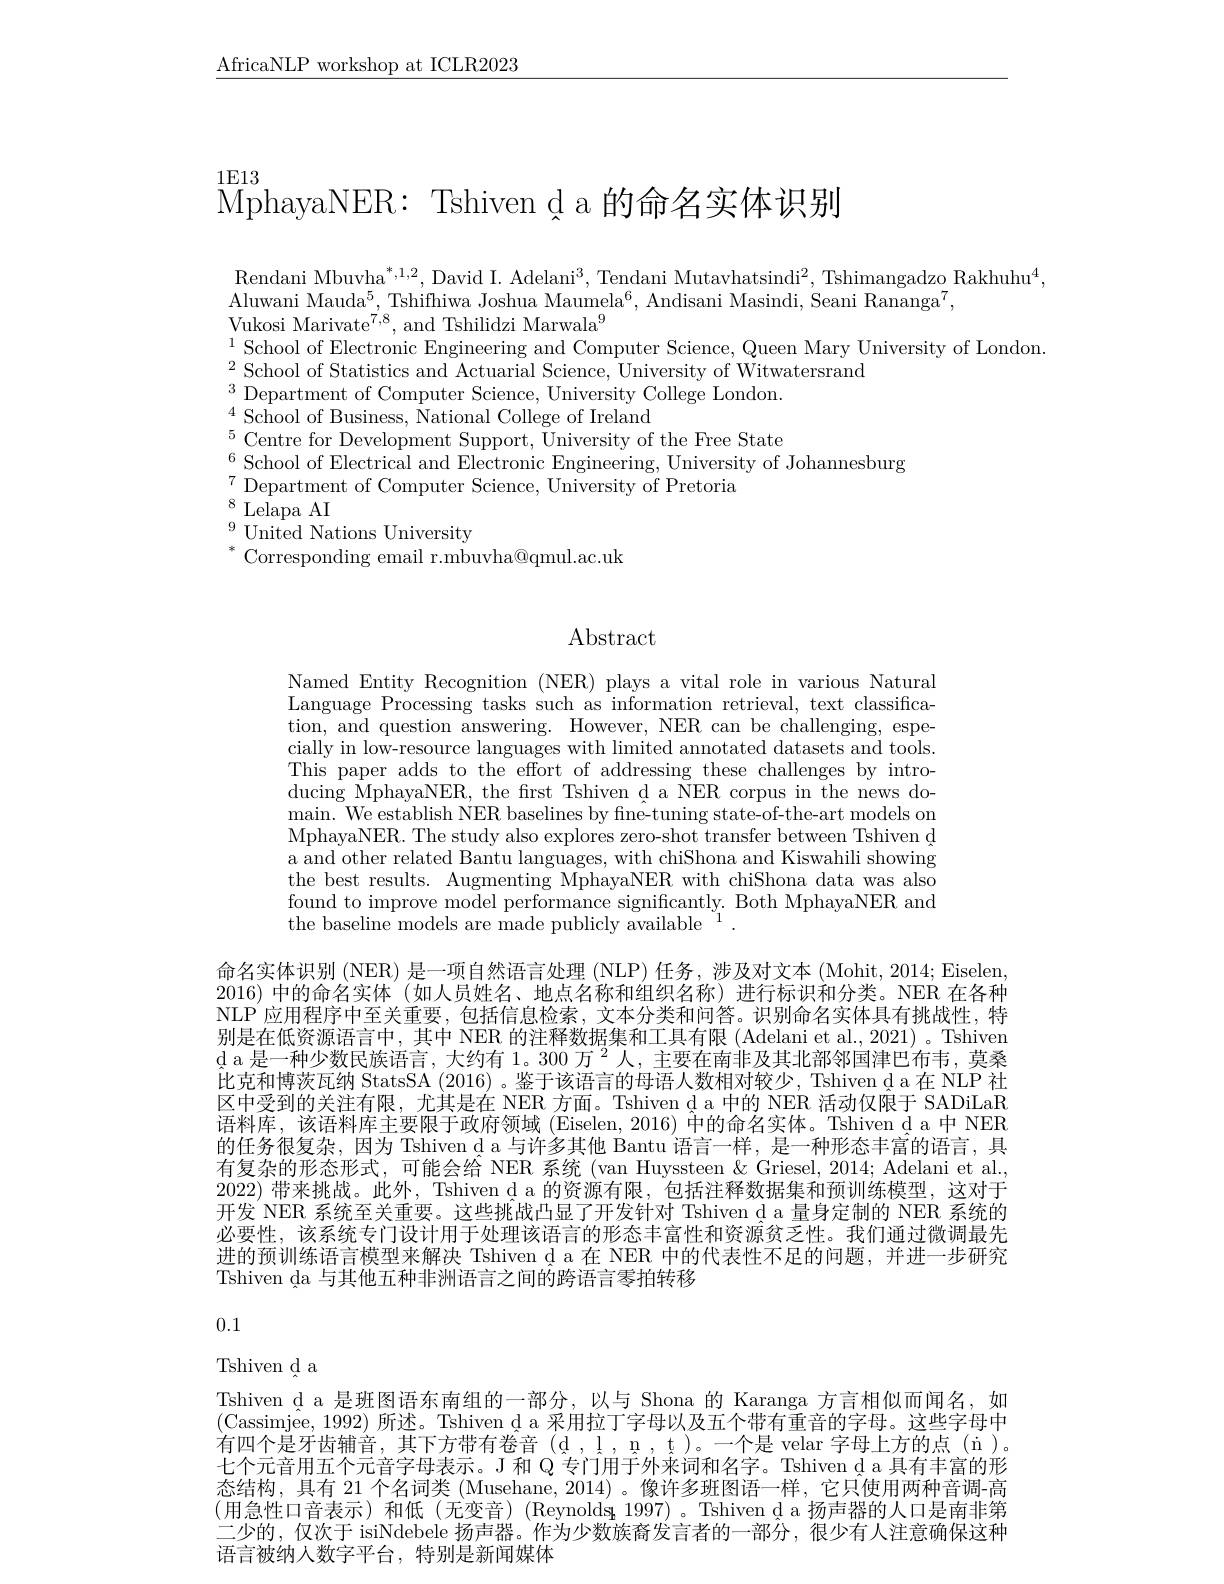
$\underline{\mathrm{AfricaNLP~workshop~at~ICLR2023}}$

1E13
MphayaNER: Tshiven d a 的命名实体识别

Rendani Mbuvha$^*,1,2$, David I. Adelani$^3$, Tendani Mutavhatsindi$^2$, Tshimangadzo Rakhuhu$^4$,
Aluwani Mauda$^5$,Tshifhiwa Joshua Maumela$^6$, Andisani Masindi, Seani Rananga$^7$,
Vukosi Marivate$^7,8$, and Tshilidzi Marwala$^9$
$^{1}$School of Electronic Engineering and Computer Science, Queen Mary University of London.
$^{2}$ School of Statistics and Actuarial Science, University of Witwatersrand
$^{3}$Department of Computer Science, University College London.
$^{4}$School of Business, $\overset{\mathrm{~}}{\operatorname*{\operatorname*{\text{National College of Ireland}}}}$
$^{5}$Centre for Development Support, University of the Free State
$^{6}$School of Electrical and Electronic Engineering, University of Johannesburg
$^{7}$Department of Computer Science, University of Pretoria

$^*$Corresponding email r.mbuvha@qmul.ac.uk

$\operatorname{Abstract}$

Named Entity Recognition (NER) plays a vital role in various Natural Language Processing tasks such as information retrieval, text classification, and question answering. However, NER can be challenging, especially in low-resource languages with limited annotated datasets and tools. This paper adds to the effort of addressing these challenges by introducing MphayaNER, the frst Tshiven d a NER corpus in the news domain. We establish NER baselines by fine-tuning state-of-the-art models on MphayaNER. The study also explores zero-shot transfer between Tshiven d a and other related Bantu languages, with chiShona and Kiswahili showing the best results. Augmenting MphayaNER with chiShona data was also found to improve model performance significantly. Both MphayaNER and the baseline models are made publicly available $^{-1}$

命名实体识别 (NER) 是一项自然语言处理 (NLP) 任务，涉及对文本 (Mohit, 2014; Eiselen 2016)中的命名实体 (如人员姓名、地点名称和组织名称)进行标识和分类。NER 在各种NLP 应用程序中至关重要，包括信息检索，文本分类和问答。识别命名实体具有挑战性，特别是在低资源语言中，其中 NER 的注释数据集和工具有限 (Adelani et al., 2021) 。Tshiven $\operatorname*{d}\text{ a 是一种少数民族语言，大约有 1。300 万 }^2$人，主要在南非及其北部邻国津巴布韦，莫桑比克和博茨瓦纳 StatsSA (2016) 。鉴于该语言的母语人数相对较少，Tshiven d a 在 NLP 社区中受到的关注有限，尤其是在 NER 方面。Tshiven d a 中的 NER 活动仅限于 SADiLaR 语料库，该语料库主要限于政府领域(Eiselen, 2016) 中的命名实体。Tshiven d a 中 NER 的任务很复杂，因为 Tshiven d a 与许多其他 Bantu 语言一样，是一种形态丰富的语言，具有复杂的形态形式，可能会给 NER 系统 (van Huyssteen &Griesel, 2014; Adelani et al. 2022)带来挑战。此外，Tshiven d a 的资源有限，包括注释数据集和预训练模型，这对于开发 NER 系统至关重要。这些挑战凸显了开发针对 Tshiven d a 量身定制的 NER 系统的必要性，该系统专门设计用于处理该语言的形态丰富性和资源贫乏性。我们通过微调最先进的预训练语言模型来解决 Tshiven d a 在 NER 中的代表性不足的问题，并进一步研究Tshiven da 与其他五种非洲语言之间的跨语言零拍转移

0.1

Tshiven d a

Tshiven d a 是班图语东南组的一部分，以与 Shona 的 Karanga 方言相似而闻名，如$(\hat{\text{Cassimjee, 1992) 所述。Tshiven d a 采用拉丁字母以及五个带有重音的字母。这些字母中}}$ 有四个是牙齿辅音，其下方带有卷音(d,l,n,t)。一个是 velar 字母上方的点(i )。七个元音用五个元音字母表示。J 和 Q 专门用于外来词和名字。Tshiven d a 具有丰富的形态结构，具有 21 个名词类 (Musehane, 2014) 。像许多班图语一样，它只使用两种音调-高(用急性口音表示)和低(无变音)(Reynolds$_\text{1997)。Tshiven d a 扬声器的人口是南非第}$ 二少的，仅次于 isiNdebele 扬声器。作为少数族裔发言者的一部分，很少有人注意确保这种语言被纳人数字平台，特别是新闻媒体